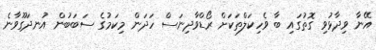
އޭނާ ވިދާޅުވި ގޮތުގައި ބާ ވެހިކަލްތަކަށް ރޯޑްވާދިނަސް ހަދަން މިކަމުގެ ސަބަބުން އުނދަގޫވާނެ